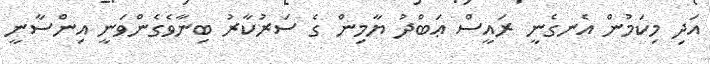
އަދި މިކަމުން އެނގެނީ ރައީސް ޢަބްދު ޔާމިން ގެ ސަރުކާރު ބިނާވެގެންވަނީ އިންސާނީ